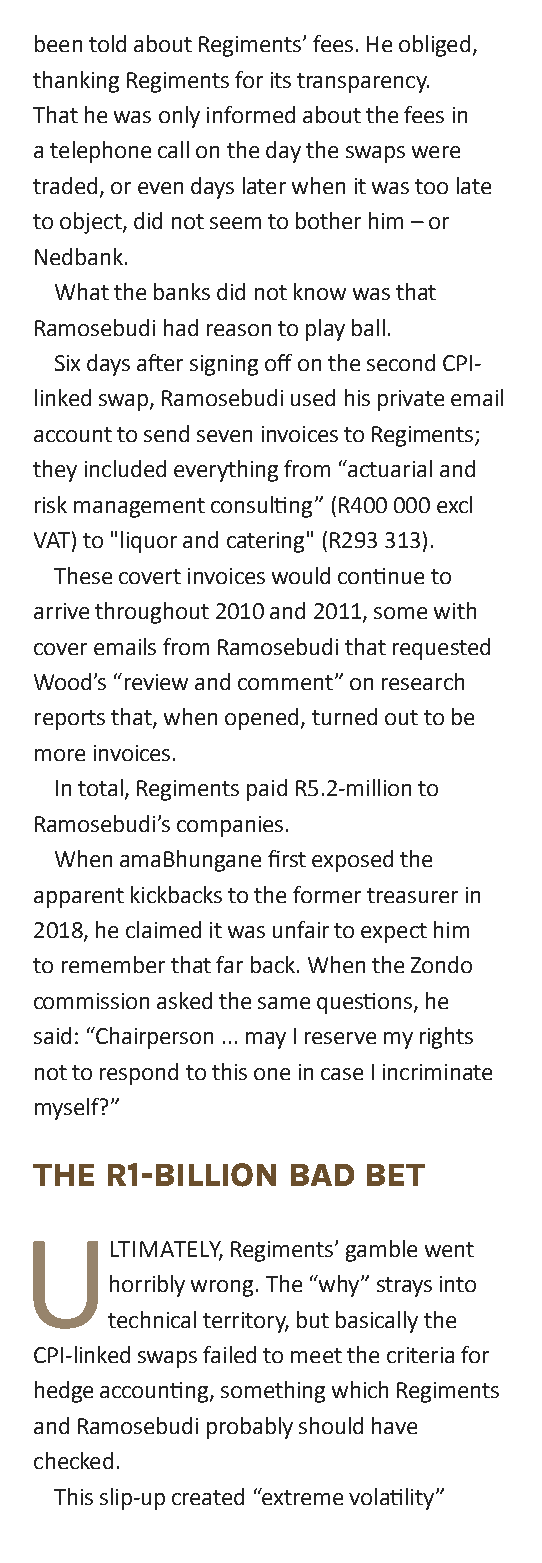
been told about Regiments’ fees. he obliged,
 thanking Regiments for its transparency.
 That he was only informed about the fees in
 a telephone call on the day the swaps were
 traded, or even days later when it was too late
 to object, did not seem to bother him – or
 Nedbank.
 What the banks did not know was that
 Ramosebudi had reason to play ball.
 Six days after signing off on the second CPI-
 linked swap, Ramosebudi used his private email
 account to send seven invoices to Regiments;
 they included everything from “actuarial and
 risk management consulting” (R400 000 excl
 vAT) to "liquor and catering" (R293 313).
 These covert invoices would continue to
 arrive throughout 2010 and 2011, some with
 cover emails from Ramosebudi that requested
 Wood’s “review and comment” on research
 reports that, when opened, turned out to be
 more invoices.
 In total, Regiments paid R5.2-million to
 Ramosebudi’s companies.
 When amaBhungane first exposed the
 apparent kickbacks to the former treasurer in
 2018, he claimed it was unfair to expect him
 to remember that far back. When the Zondo
 commission asked the same questions, he
 said: “Chairperson ... may I reserve my rights
 not to respond to this one in case I incriminate
 myself?”
 The  r1-billiOn  bad  beT
 U
 LTIMATeLY, Regiments’ gamble went
 horribly wrong. The “why” strays into
 technical territory, but basically the
 CPI-linked swaps failed to meet the criteria for
 hedge accounting, something which Regiments
 and Ramosebudi probably should have
 checked.
 This slip-up created “extreme volatility”